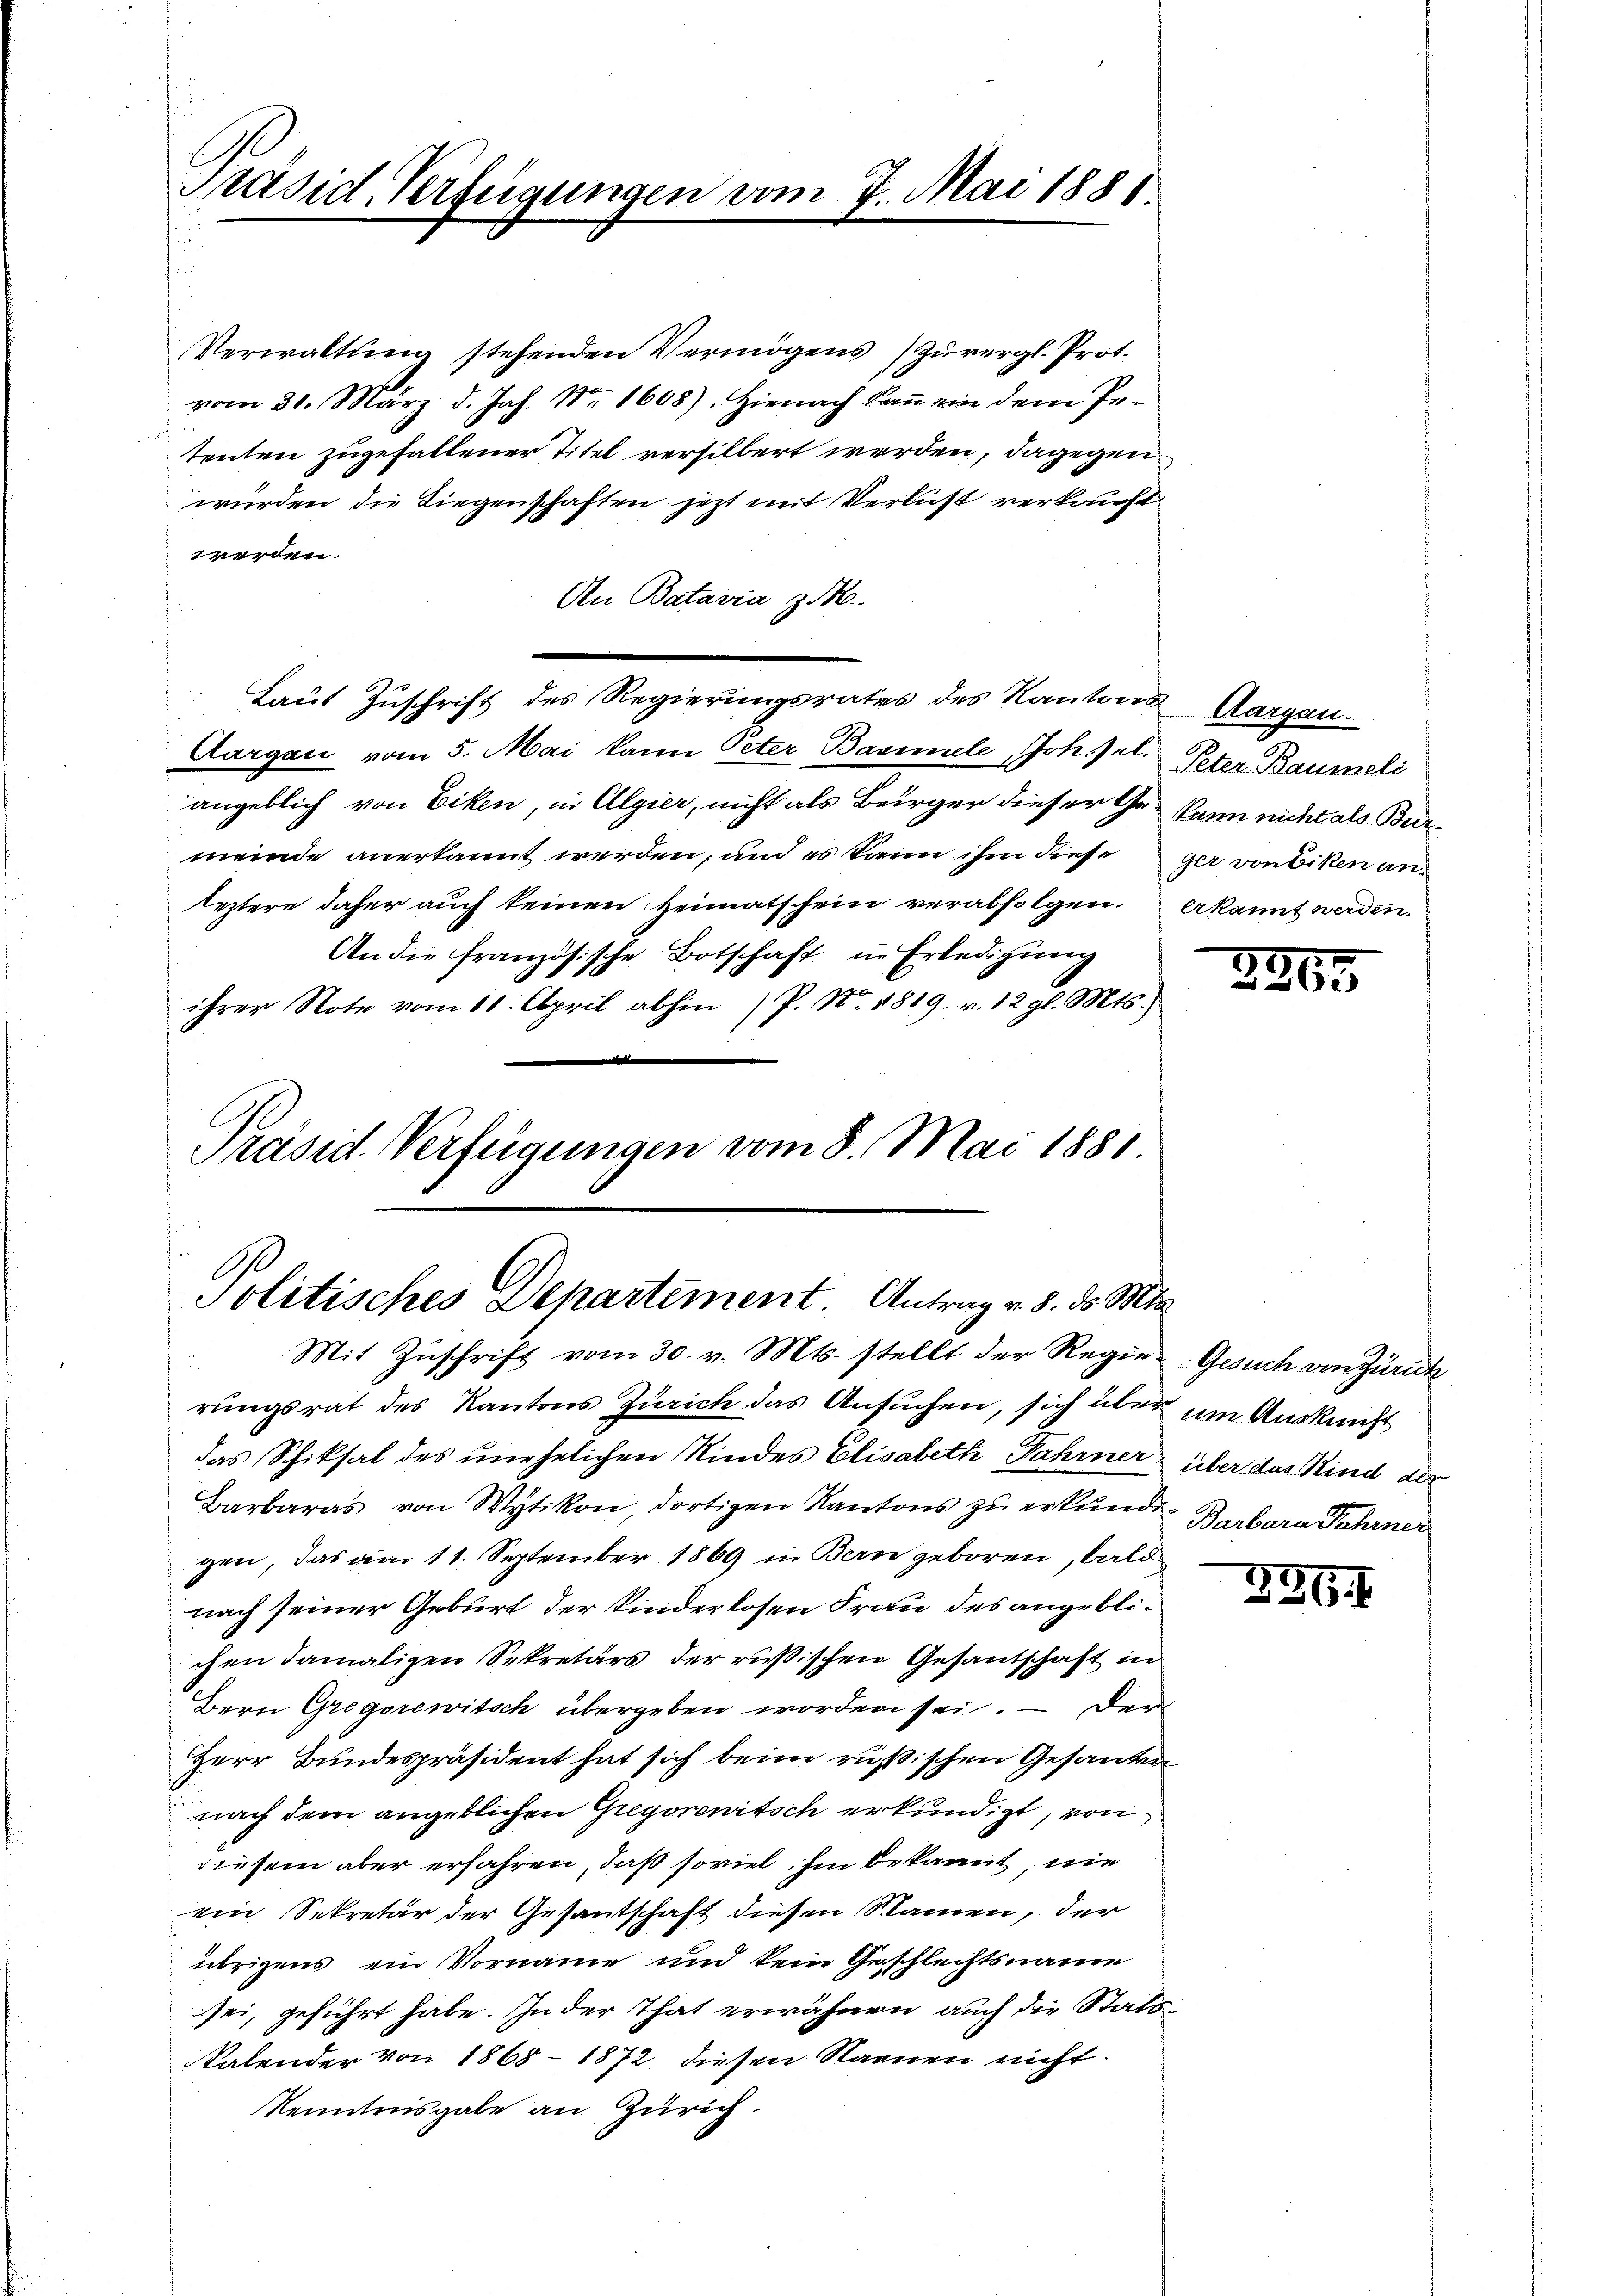
Präsid. Verfügungen vom 7. Mai 1881.

Verwaltung stehenden Vermögens zuvergl. Prot.
vom 31. März d. Jah. Nr. 1608). Hienach kan ein dem Petenten zugefallener Titel versilbert werden, dagegen
würden die Liegenschaften jetzt mit Verlust verkauft
werden.
An Batavia z
Aargau vom 5. Mai kann Peter Bavimele, Joh. Jul. Peter Baumeli
angeblich von Eiken, in Algier, nicht als Bürger dieser Ge- kann nicht als Burmeinde anerkannt werden, und es kann ihm diese
leztere daher auch keinen Heimatschein verabfolgen.
An die französische Botschaft in Erledigung
ihrer Note vom 10. April abhin (P. Nr. 1819. v. 12 gl. Mts.)

Laut Zuschrift des Regierungsrates des Kantons Aargau

Präsid. Verfügungen vom 8. Mai 1881.
Politisches Departement. Antrag v. 8. d. Mts.

ger von Biken an.
Erkannt werden.

Mit Zŭschrift vom 30. v. Mts. stellt der Regie-
rungsrat des Kantons Zürich das Ansuchen, sich über im Auskunft
das Schiksal des unehelichen Kindes Elisabeth Fahrner über das Kind der
Barbaras von Wytikon, dortigen Kantons zu erkunde
gen, das am 11. September 1869 in Bern geboren, bald
nach seiner Geburt der kinderlosen Frau des angeblichen damaligen Sekretärs derrußischen Gesantschaft in
Bern Gregorewitsch übergeben worden sei. — Der
Herr Bundespräsident hat sich beim rußischen Gesanden
nach dem angeblichen Gregorewitsch erkundigt, von
diesem aber erfahren, daß soviel hin bekannt nie
ein Sekretär der Gesantschaft diesen Namen, der
übrigens ein Vorname und kein Geschlechtsname
sei, geführt habe. In der That erwähnen auch die Stattkalender von 1868 - 1872 diesen Saanen nicht:
Kenntnisgabe an Zürich.

3

365.

Gesuch von Zürich
Barbara Fahrner

296. f.